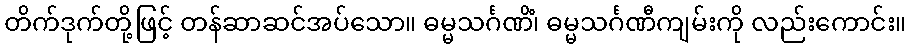
တိက်ဒုက်တို့ဖြင့် တန်ဆာဆင်အပ်သော။ ဓမ္မသင်္ဂဏိံ၊ ဓမ္မသင်္ဂဏီကျမ်းကို လည်းကောင်း။